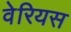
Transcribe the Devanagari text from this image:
वेरियस